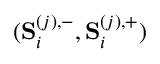
( \mathbf { S } _ { i } ^ { ( j ) , - } , \mathbf { S } _ { i } ^ { ( j ) , + } )